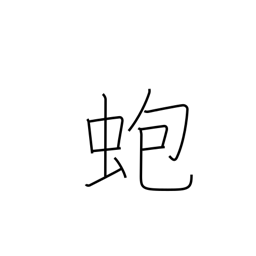
Meaning: abalone